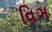
વિઞ